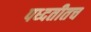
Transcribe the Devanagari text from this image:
पध्दतीतच